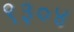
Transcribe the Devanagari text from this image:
९३०४